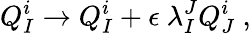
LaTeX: Q_{I}^{i}\to Q_{I}^{i}+\epsilon\ \lambda_{I}^{J}Q_{J}^{i}~,